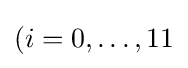
(i=0,\ldots ,11